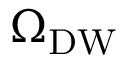
\Omega _ { \mathrm { D W } }